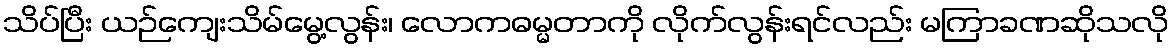
သိပ်ပြီး ယဉ်ကျေးသိမ်မွေ့လွန်း၊ လောကဓမ္မတာကို လိုက်လွန်းရင်လည်း မကြာခဏဆိုသလို